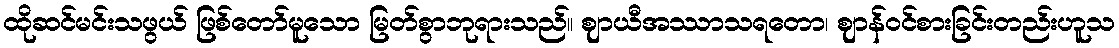
ထိုဆင်မင်းသဖွယ် ဖြစ်တော်မူသော မြတ်စွာဘုရားသည်။ ဈာယီအဿာသရတော၊ ဈာန်ဝင်စားခြင်းတည်းဟူသ